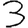
Digit: 3